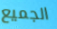
الجميع